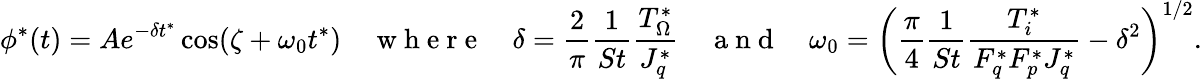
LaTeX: \phi^{*}(t)=Ae^{-\delta t^{*}}\cos(\zeta+\omega_{0}t^{*})\quad\mathrm{~w~h~e~r~e~}\quad\delta=\frac{2}{\pi}\frac{1}{St}\frac{T_{\Omega}^{*}}{J_{q}^{*}}\quad\mathrm{~a~n~d~}\quad\omega_{0}=\left(\frac{\pi}{4}\frac{1}{St}\frac{T_{i}^{*}}{F_{q}^{*}F_{p}^{*}J_{q}^{*}}-\delta^{2}\right)^{1/2}.